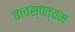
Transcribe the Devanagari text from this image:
वाचस्पत्यम